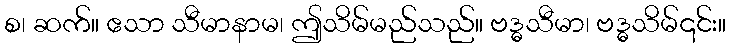
စ၊ ဆက်။ ဧသာ သီမာနာမ၊ ဤသိမ်မည်သည်။ ဗဒ္ဓသီမာ၊ ဗဒ္ဓသိမ်၎င်း။